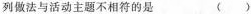
列做法与活动主题不相符的是 ()